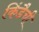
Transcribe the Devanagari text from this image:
किंडैची